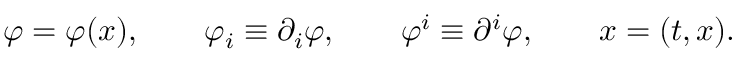
\varphi = \varphi ( x ) , \qquad \varphi _ { i } \equiv \partial _ { i } \varphi , \qquad \varphi ^ { i } \equiv \partial ^ { i } \varphi , \qquad x = ( t , x ) .